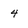
Character: 4